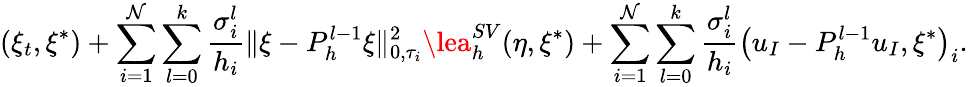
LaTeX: (\xi_{t},\xi^{*})+\sum_{i=1}^{\mathcal{N}}\sum_{l=0}^{k}\frac{{\sigma_{i}^{l}}}{{h_{i}}}\Vert\xi-P_{h}^{l-1}\xi\Vert_{0,\tau_{i}}^{2}\lea_{h}^{SV}(\eta,\xi^{*})+\sum_{i=1}^{\mathcal{N}}\sum_{l=0}^{k}\frac{{\sigma_{i}^{l}}}{{h_{i}}}\left(u_{I}-P_{h}^{l-1}u_{I},\xi^{*}\right)_{i}.